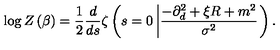
\log Z \left( \beta \right) = \frac { 1 } { 2 } \frac { d } { d s } \zeta \left( s = 0 \left| \frac { - \partial _ { d } ^ { 2 } + \xi R + m ^ { 2 } } { \sigma ^ { 2 } } \right. \right) .